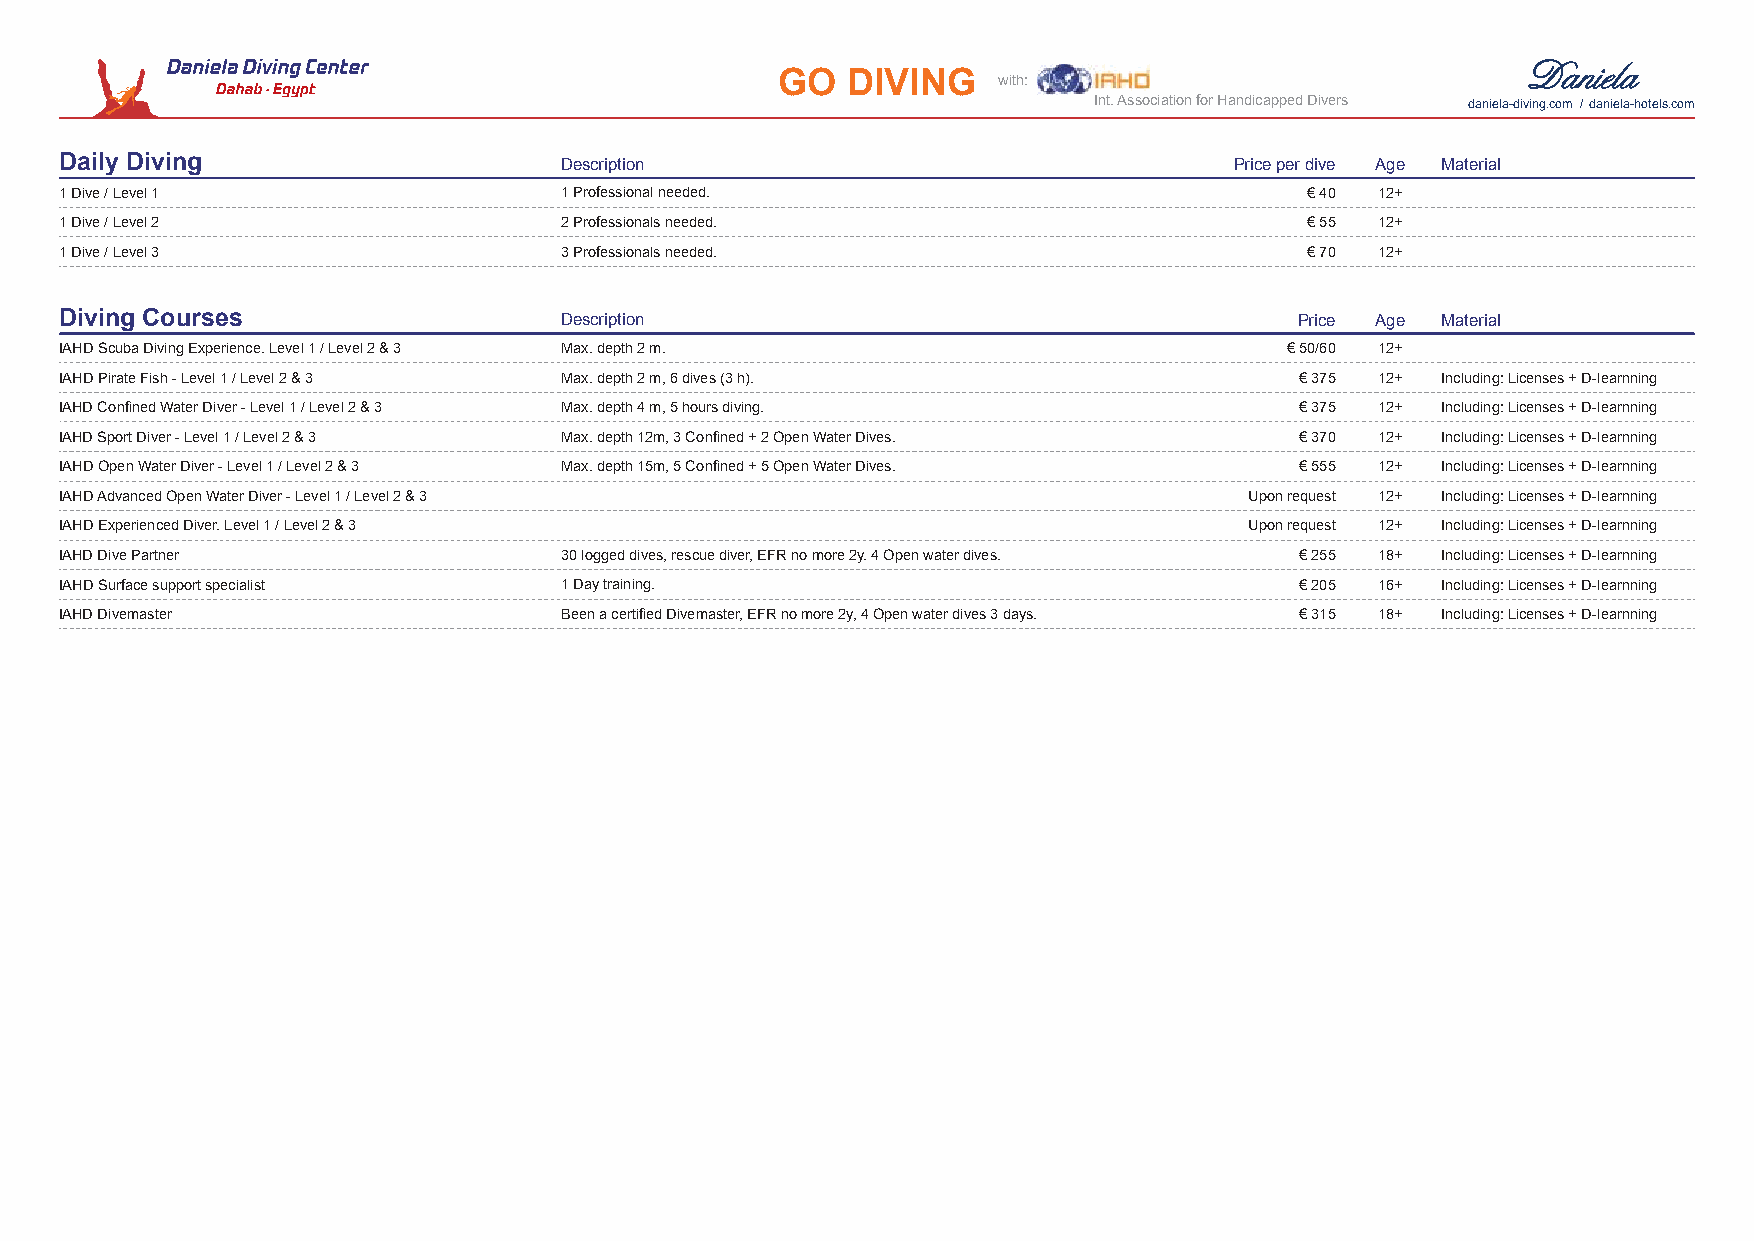
GO  DIVING    with:
 Int. Association for Handicapped Divers daniela-diving.com / daniela-hotels.com
 Daily Diving                     Description                                  Price per dive Age Material
 1 Dive / Level 1                 1 Professional needed.                            € 40 12+
 1 Dive / Level 2                 2 Professionals needed.                           € 55 12+
 1 Dive / Level 3                 3 Professionals needed.                           € 70 12+
 Diving Courses                   Description                                      Price Age Material
 IAHD Scuba Diving Experience. Level 1 / Level 2 & 3 Max. depth 2 m.              € 50/60 12+
 IAHD Pirate Fish - Level 1 / Level 2 & 3 Max. depth 2 m, 6 dives (3 h).           € 375 12+ Including: Licenses + D-learnning
 IAHD Confined Water Diver - Level 1 / Level 2 & 3 Max. depth 4 m, 5 hours diving. € 375 12+ Including: Licenses + D-learnning
 IAHD Sport Diver - Level 1 / Level 2 & 3 Max. depth 12m, 3 Confined + 2 Open Water Dives. € 370 12+ Including: Licenses + D-learnning
 IAHD Open Water Diver - Level 1 / Level 2 & 3 Max. depth 15m, 5 Confined + 5 Open Water Dives. € 555 12+ Including: Licenses + D-learnning
 IAHD Advanced Open Water Diver - Level 1 / Level 2 & 3                         Upon request 12+ Including: Licenses + D-learnning
 IAHD Experienced Diver. Level 1 / Level 2 & 3                                  Upon request 12+ Including: Licenses + D-learnning
 IAHD Dive Partner                30 logged dives, rescue diver, EFR no more 2y. 4 Open water dives. € 255 18+ Including: Licenses + D-learnning
 IAHD Surface support specialist  1 Day training.                                  € 205 16+ Including: Licenses + D-learnning
 IAHD Divemaster                  Been a certified Divemaster, EFR no more 2y, 4 Open water dives 3 days. € 315 18+ Including: Licenses + D-learnning